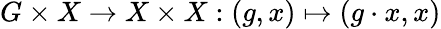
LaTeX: G\times X\rightarrow X\times X:(g,x)\mapsto(g\cdot x,x)